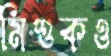
মিশুকও